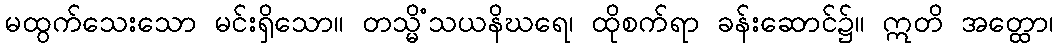
မထွက်သေးသော မင်းရှိသော။ တသ္မိံသယနိဃရေ၊ ထိုစက်ရာ ခန်းဆောင်၌။ ဣတိ အတ္ထော၊